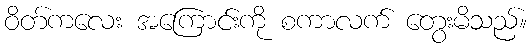
ဝိတ်ကလေး အကြောင်းကို စကာလက် တွေးမိသည်။